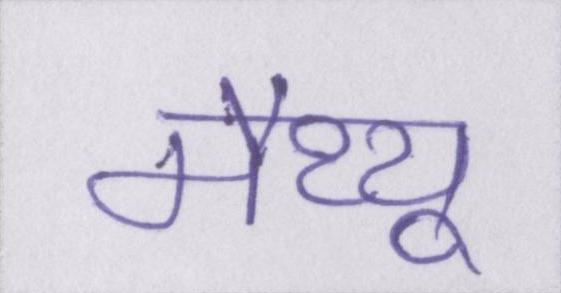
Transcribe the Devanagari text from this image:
मैथ्यू